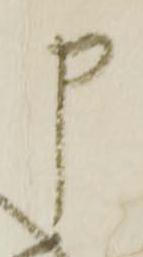
申